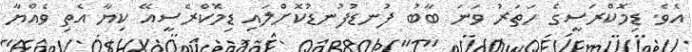
އެވެ. ޑިމޮކްރަސީގެ ހަތަރު ވަނަ ބާބު ފުނޑުފުނޑުކޮށްލައި ޑިމޮކްރެސީއޭ ކިޔާ އެތި ވެއްޔާ